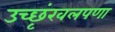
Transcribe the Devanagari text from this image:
उच्छृंखलपणा